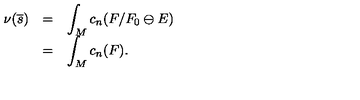
\begin{array} { l l l } { \nu ( \overline { { s } } ) } & { = } & { \displaystyle \int _ { M } c _ { n } ( F / F _ { 0 } \ominus E ) } \\ { } & { = } & { \displaystyle \int _ { M } c _ { n } ( F ) . } \\ \end{array}